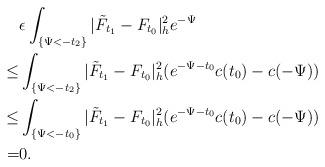
LaTeX: \begin{align*}&\epsilon\int_{\{\Psi<-t_2\}}|\tilde{F}_{t_1}-F_{t_0}|^2_he^{-\Psi}\\\le &\int_{\{\Psi<-t_2\}}|\tilde{F}_{t_1}-F_{t_0}|^2_h(e^{-\Psi-t_0}c(t_0)-c(-\Psi))\\\le &\int_{\{\Psi<-t_0\}}|\tilde{F}_{t_1}-F_{t_0}|^2_h(e^{-\Psi-t_0}c(t_0)-c(-\Psi))\\= &0.\end{align*}